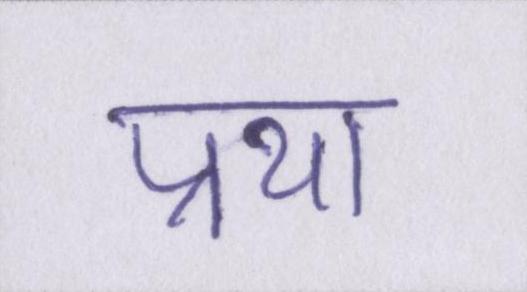
प्रथा